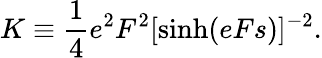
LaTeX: K\equiv\frac{1}{4}e^{2}F^{2}[\sinh(eFs)]^{-2}.